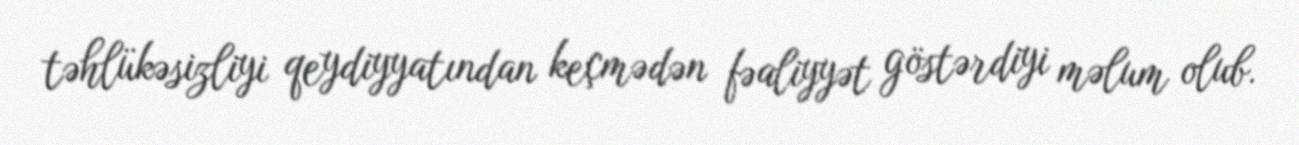
təhlükəsizliyi qeydiyyatından keçmədən fəaliyyət göstərdiyi məlum olub.